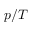
p / T